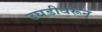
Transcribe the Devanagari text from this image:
उघडीवरून